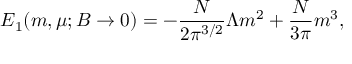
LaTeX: E _ { 1 } ( m , \mu ; B \to 0 ) = - \frac { N } { 2 \pi ^ { 3 / 2 } } \Lambda m ^ { 2 } + \frac { N } { 3 \pi } m ^ { 3 } ,